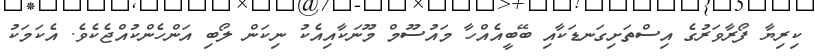
ކިރިޔާ ފޯރާވަރުގެ އިސްތަށިގަނޑަކާއި ބޭބީއެއްހާ މައުސޫމް މޫނަކާއިއެކު ނިކަން ލޯބި އަންހެންކުއްޖެކެވެ. އެކަމަކު